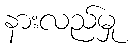
နားလည်မှု